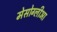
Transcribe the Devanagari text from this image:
मेसोग्लीआ